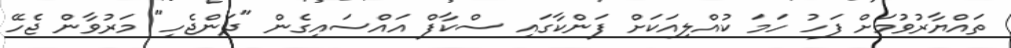
ތައްޔާރުވުމަށް ފަހު ހަމަ ކުއްލިއަކަށް ފަންކާގައި ސްކާފް އައްސައިގެން "ދަންޖެހި" މަރުވާން ޖެހޭ